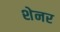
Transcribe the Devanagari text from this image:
शेनर